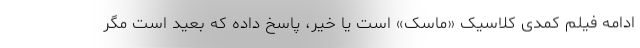
ادامه فیلم کمدی کلاسیک «ماسک» است یا خیر، پاسخ داده که بعید است مگر